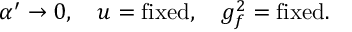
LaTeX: \alpha ^ { \prime } \rightarrow 0 , \quad u = \mathrm { f i x e d } , \quad g _ { f } ^ { 2 } = \mathrm { f i x e d } .